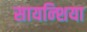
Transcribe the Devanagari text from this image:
सायन्शिया